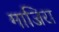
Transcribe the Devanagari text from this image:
माजिरा